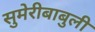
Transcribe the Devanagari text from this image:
सुमेरीबाबुली